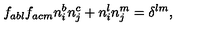
f _ { a b l } f _ { a c m } n _ { i } ^ { b } n _ { j } ^ { c } + n _ { i } ^ { l } n _ { j } ^ { m } = \delta ^ { l m } ,